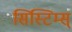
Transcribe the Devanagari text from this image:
सिस्टिम्स्